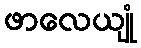
ဖာလေယျုံ